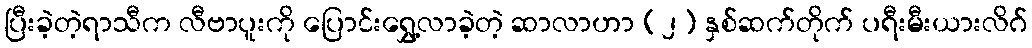
ပြီးခဲ့တဲ့ရာသီက လီဗာပူးကို ပြောင်းရွှေ့လာခဲ့တဲ့ ဆာလာဟာ (၂) နှစ်ဆက်တိုက် ပရီးမီးယားလိဂ်